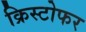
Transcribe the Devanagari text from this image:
क्रिस्‍टोफर